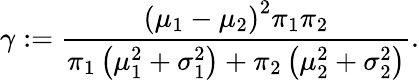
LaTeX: \gamma:=\frac{\left(\mu_{1}-\mu_{2}\right)^{2}\pi_{1}\pi_{2}}{\pi_{1}\left(\mu_{1}^{2}+\sigma_{1}^{2}\right)+\pi_{2}\left(\mu_{2}^{2}+\sigma_{2}^{2}\right)}.